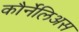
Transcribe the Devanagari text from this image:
कौर्नेलिअस